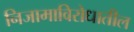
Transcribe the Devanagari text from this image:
निजामाविरोधातील